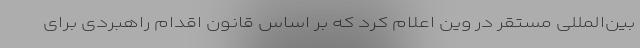
بین‌المللی مستقر در وین اعلام کرد که بر اساس قانون اقدام راهبردی برای